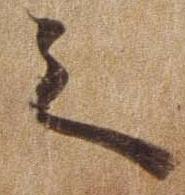
之